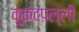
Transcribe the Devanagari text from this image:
कुकटपल्ली